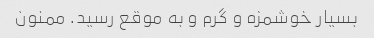
بسیار خوشمزه و گرم و به موقع رسید. ممنون